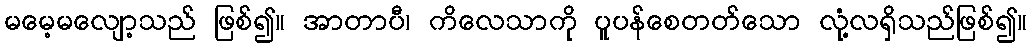
မမေ့မလျော့သည် ဖြစ်၍။ အာတာပီ၊ ကိလေသာကို ပူပန်စေတတ်သော လုံ့လရှိသည်ဖြစ်၍။